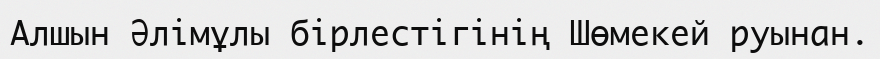
Алшын Әлімұлы бірлестігінің Шөмекей руынан.